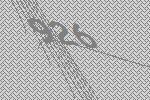
926